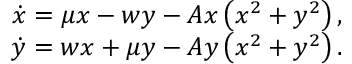
\begin{array} { r } { \dot { x } = \mu x - w y - A x \left( x ^ { 2 } + y ^ { 2 } \right) , } \\ { \dot { y } = w x + \mu y - A y \left( x ^ { 2 } + y ^ { 2 } \right) . } \end{array}